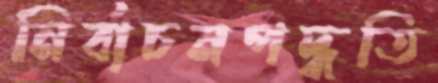
নির্বাচনপদ্ধতি